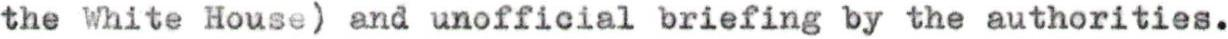
the white House) and unofficial briefing by the authorities.